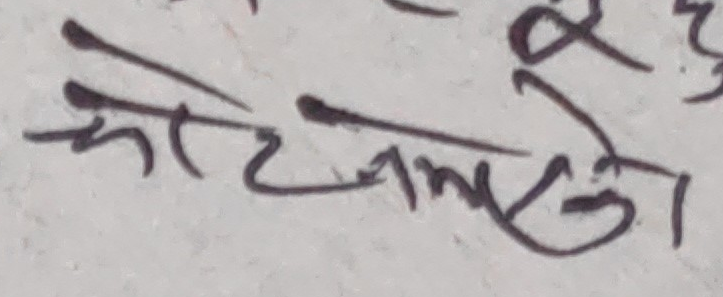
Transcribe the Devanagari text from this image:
कोट्टनले